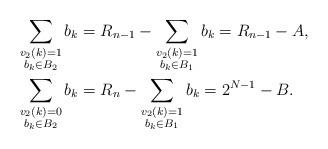
LaTeX: \begin{align*}& \sum_{\substack{v_2(k)=1 \\ b_k\in B_2}}b_k=R_{n-1}-\sum_{\substack{v_2(k)=1 \\ b_k\in B_1}}b_k=R_{n-1}-A, \\&\sum_{\substack{v_2(k)=0 \\ b_k\in B_2}}b_k=R_{n}-\sum_{\substack{v_2(k)=1 \\ b_k\in B_1}} b_k=2^{N-1}-B.\end{align*}